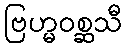
ဗြဟ္မဝစ္ဆသီ